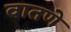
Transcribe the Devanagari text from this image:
वातणे